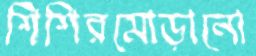
শিশিরমোড়ানো